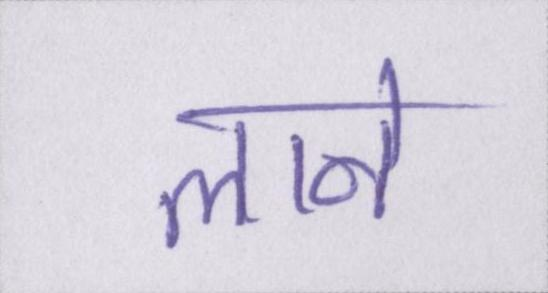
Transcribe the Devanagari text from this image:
लाने